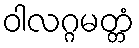
ဝါလဂ္ဂမတ္တံ